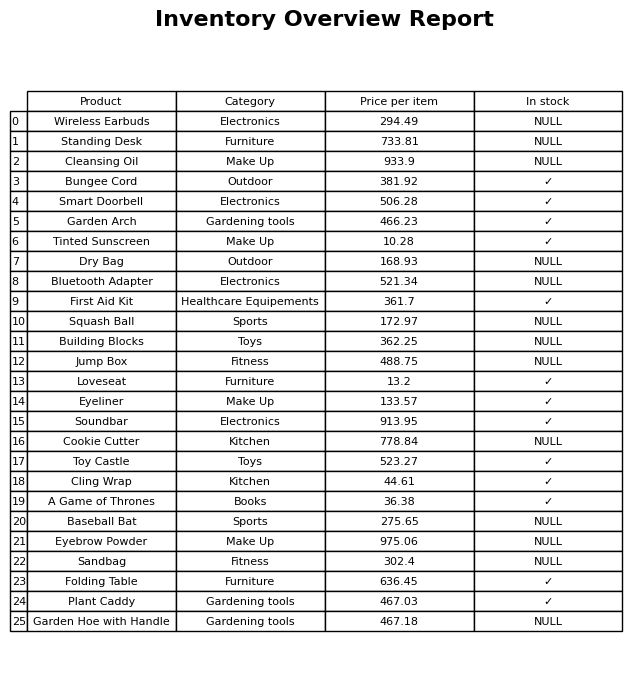
question: What is the price of the Wireless Earbuds?
answer: The price of Wireless Earbuds is 294.49.